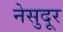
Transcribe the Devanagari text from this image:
नेसुदूर